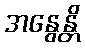
အနွေန္တိ